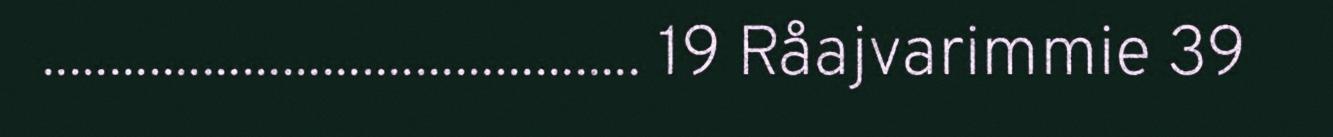
............................................. 19 Råajvarimmie 39